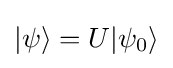
|\psi \rangle =U|\psi _{0}\rangle